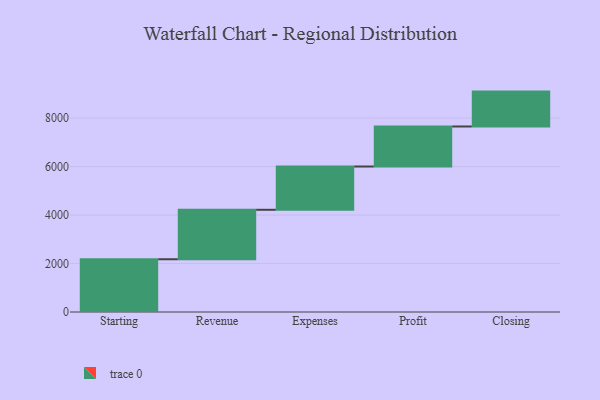
{"axis": {"x": "Step", "y": "Value"}, "legend": [""], "data": [{"x": "Starting", "y": 2176.0, "type": ""}, {"x": "Revenue", "y": 2040.0, "type": ""}, {"x": "Expenses", "y": 1785.0, "type": ""}, {"x": "Profit", "y": 1651.0, "type": ""}, {"x": "Closing", "y": 1439.0, "type": ""}]}